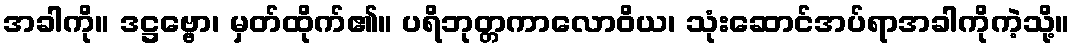
အခါကို။ ဒဋ္ဌဗ္ဗော၊ မှတ်ထိုက်၏။ ပရိဘုတ္တကာလောဝိယ၊ သုံးဆောင်အပ်ရာအခါကိုကဲ့သို့။